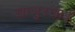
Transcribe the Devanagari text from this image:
खाजुरखाई